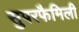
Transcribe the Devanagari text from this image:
सुपरफैमिली